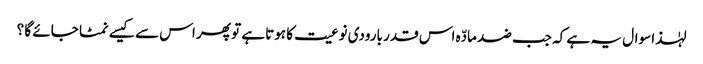
لہٰذا سوال یہ ہے کہ جب ضد مادّہ اس قدر بارودی نوعیت کا ہوتا ہے تو پھر اس سے کیسے نمٹا جائے گا ؟